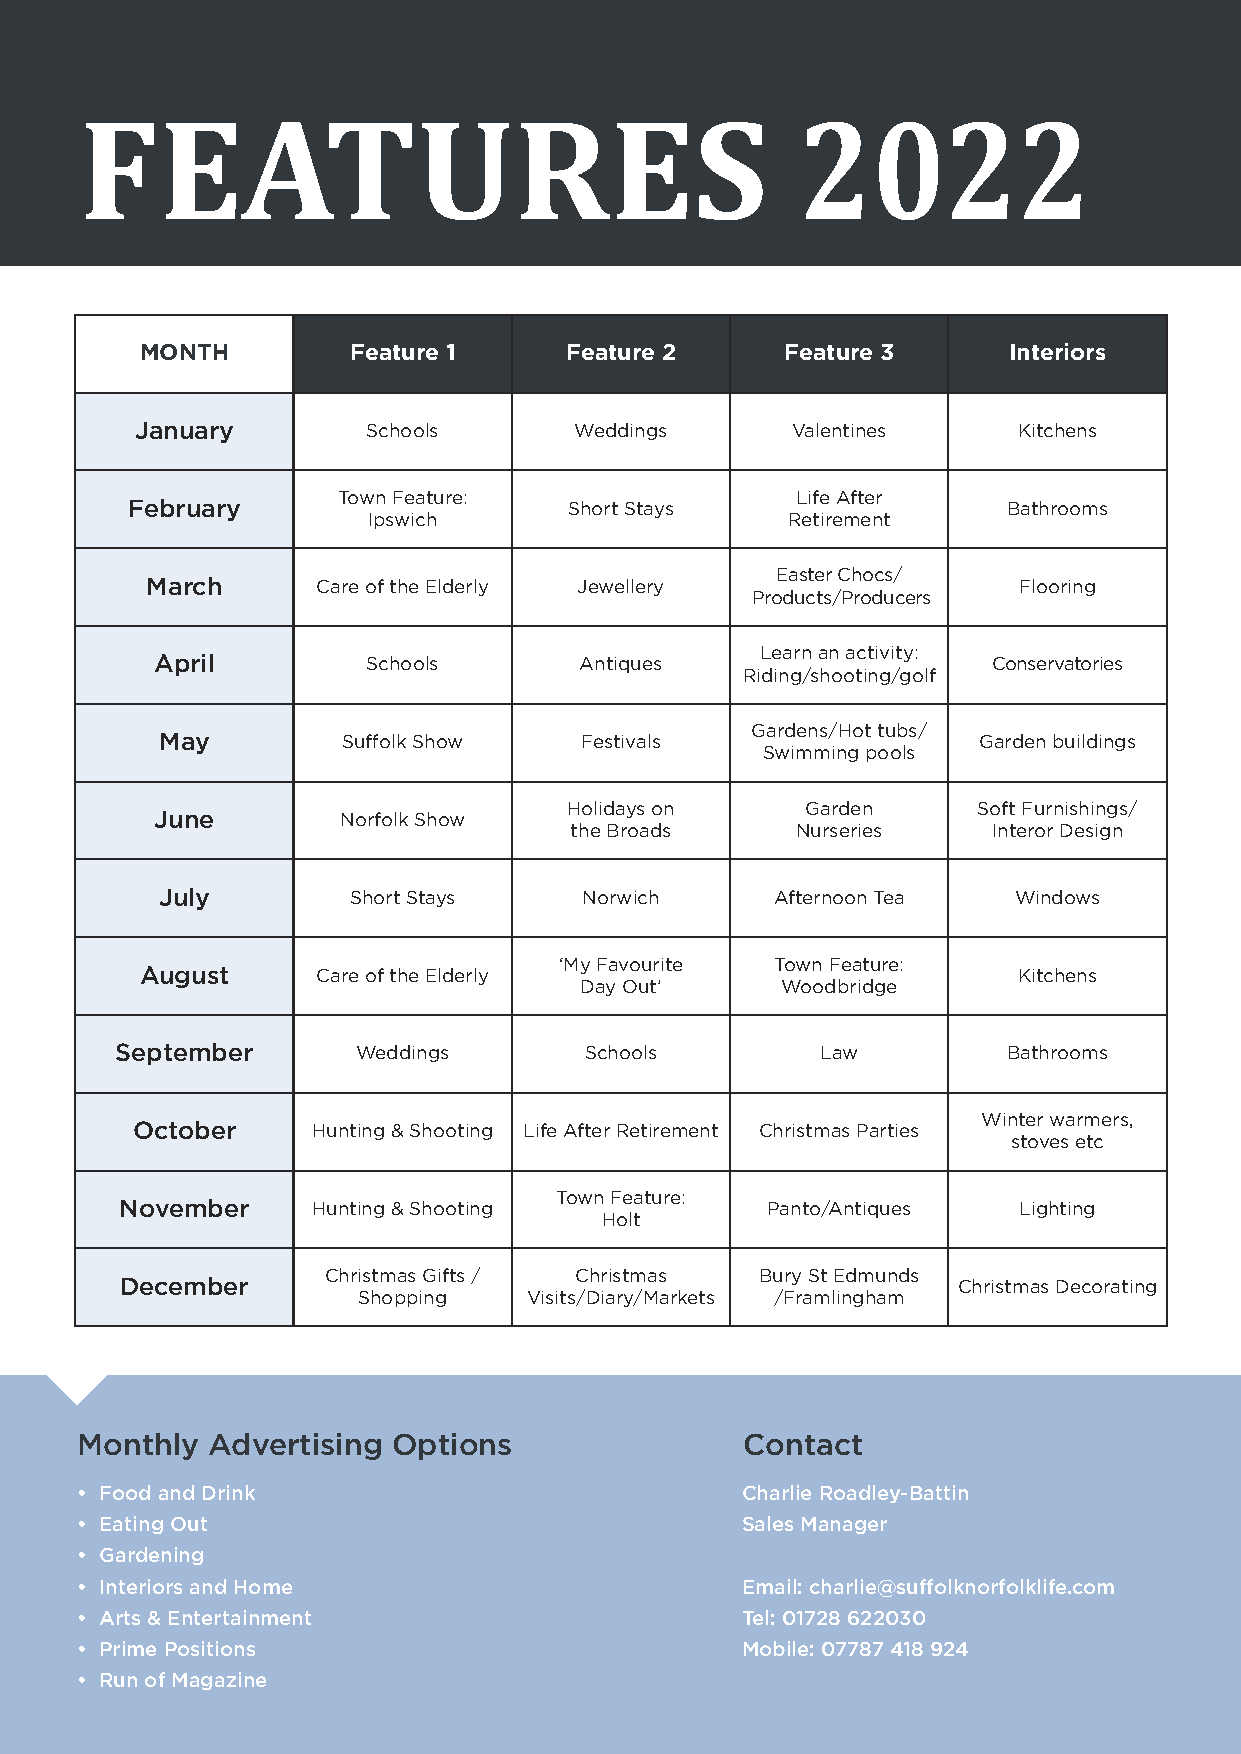
FEATURES                                        2022
 MONTH         Feature 1     Feature 2      Feature 3      Interiors
 January        Schools       Weddings      Valentines     Kitchens
 Town Feature:                  Life After
 February                      Short Stays                  Bathrooms
 Ipswich                     Retirement
 Easter Chocs/
 March      Care of the Elderly Jewellery                 Flooring
 Products/Producers
 Learn an activity:
 April         Schools       Antiques                    Conservatories
 Riding/shooting/golf
 Gardens/Hot tubs/
 May         Suffolk Show   Festivals                  Garden buildings
 Swimming pools
 Holidays on    Garden      Soft Furnishings/
 June        Norfolk Show
 the Broads     Nurseries    Interor Design
 July         Short Stays     Norwich     Afternoon Tea   Windows
 ‘My Favourite Town Feature:
 August      Care of the Elderly                           Kitchens
 Day Out’      Woodbridge
 September       Weddings       Schools        Law          Bathrooms
 Winter warmers,
 October     Hunting & Shooting Life After Retirement Christmas Parties
 stoves etc
 Town Feature:
 November     Hunting & Shooting            Panto/Antiques  Lighting
 Holt
 Christmas Gifts / Christmas  Bury St Edmunds
 December                                               Christmas Decorating
 Shopping   Visits/Diary/Markets /Framlingham
 Monthly  Advertising Options                Contact
 • Food and Drink                            Charlie Roadley-Battin
 • Eating Out                                Sales Manager
 • Gardening
 • Interiors and Home                        Email: charlie@suffolknorfolklife.com
 • Arts & Entertainment                      Tel: 01728 622030
 • Prime Positions                           Mobile: 07787 418 924
 • Run of Magazine